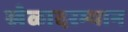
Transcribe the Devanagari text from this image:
खेळादरम्यान